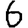
Digit: 6